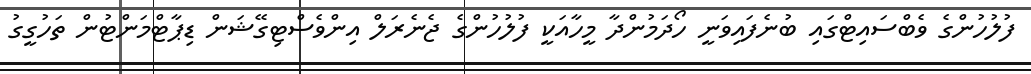
ފުލުހުންގެ ވެބްސައިޓްގައި ބުނެފައިވަނީ ހޯދަމުންދާ މީހާއަކީ ފުލުހުންގެ ޖެނެރަލް އިންވެސްޓިގޭޝަން ޑިޕާޓްމަންޓުން ތަހުގީގު